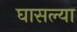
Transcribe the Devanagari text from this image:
घासल्या